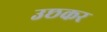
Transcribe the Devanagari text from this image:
उछकर